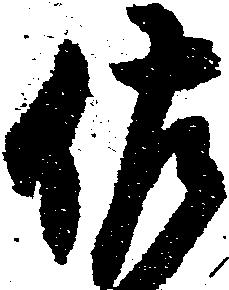
佐